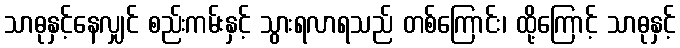
သာဓုနှင့်နေလျှင် စည်းကမ်းနှင့် သွားရလာရသည် တစ်ကြောင်း၊ ထို့ကြောင့် သာဓုနှင့်